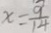
x = \frac { 9 } { 1 4 }